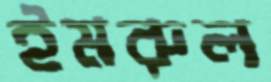
ইমরুল